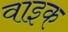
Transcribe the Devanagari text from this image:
वाइक